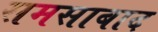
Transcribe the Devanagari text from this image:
समसाबाद